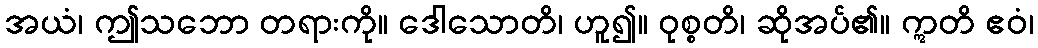
အယံ၊ ဤသဘော တရားကို။ ဒေါသောတိ၊ ဟူ၍။ ဝုစ္စတိ၊ ဆိုအပ်၏။ ဣတိ ဧဝံ၊